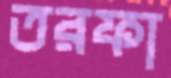
তরফা